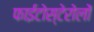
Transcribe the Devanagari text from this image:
फाईटोस्टेरोलों